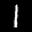
Label: 1